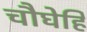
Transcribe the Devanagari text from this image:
चौघेहि